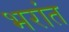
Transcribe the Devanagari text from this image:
भरांत